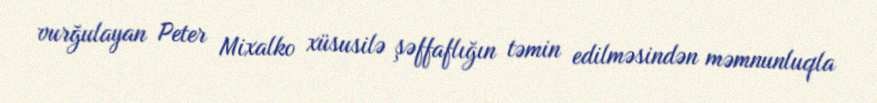
vurğulayan Peter Mixalko xüsusilə şəffaflığın təmin edilməsindən məmnunluqla